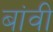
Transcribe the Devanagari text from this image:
बांवी